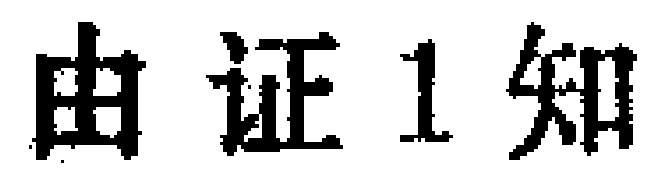
由证1知